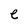
Character: e